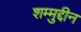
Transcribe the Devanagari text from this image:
शम्मुद्दीन